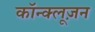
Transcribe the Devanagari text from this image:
कॉन्क्लूज़न